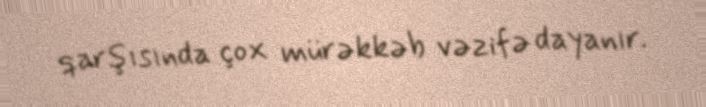
qarşısında çox mürəkkəb vəzifə dayanır.